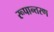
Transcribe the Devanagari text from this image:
रूपान्‍तरण